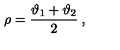
\rho = \displaystyle \frac { \vartheta _ { 1 } + \vartheta _ { 2 } } { 2 } \: ,